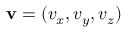
\mathbf { v } = ( v _ { x } , v _ { y } , v _ { z } )